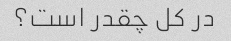
در کل چقدر است؟